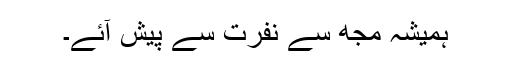
ہمیشہ مجھ سے نفرت سے پیش آئے۔